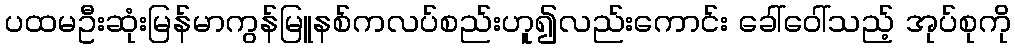
ပထမဦးဆုံးမြန်မာကွန်မြူနစ်ကလပ်စည်းဟူ၍လည်းကောင်း ခေါ်ဝေါ်သည့် အုပ်စုကို